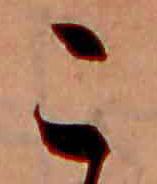
こ